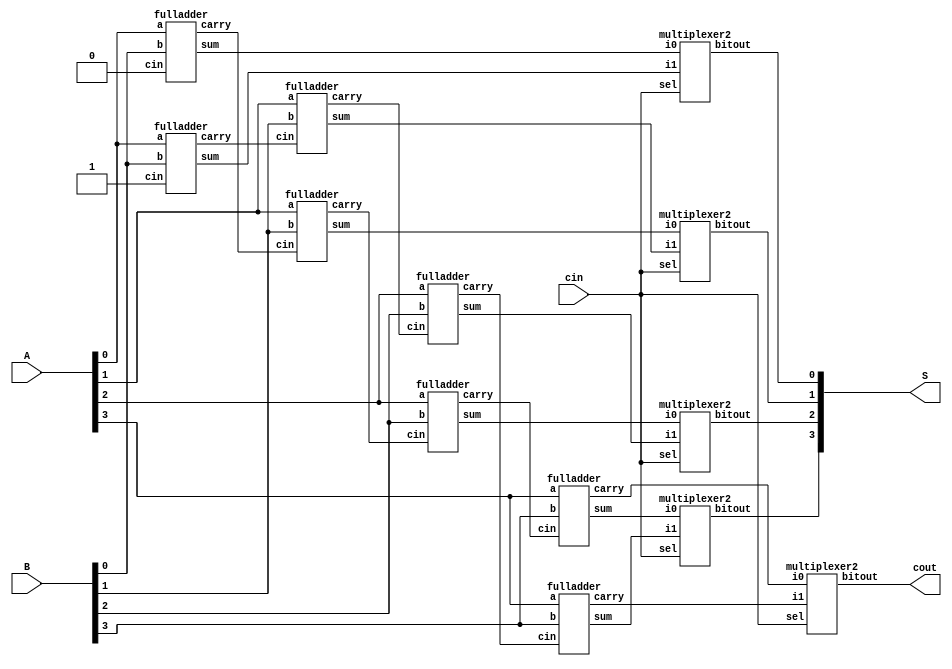
`timescale 1ns / 1ps
//////////////////////////////////////////////////////////////////////////////////
// Company: 
// Engineer: 
// 
// Design Name: 
// Module Name: carry_select_adder
// Project Name: 
// Target Devices: 
// Tool Versions: 
// Description: 
// 
// Dependencies: 
// 
// Revision:
// Revision 0.01 - File Created
// Additional Comments:
// 
//////////////////////////////////////////////////////////////////////////////////


module carry_select_adder
        (   input [3:0] A,B,
            input cin,
            output [3:0] S,
            output cout
            );
        

wire [3:0] temp0,temp1,carry0,carry1;

//for carry 0
fulladder fa00(A[0],B[0],1'b0,temp0[0],carry0[0]);
fulladder fa01(A[1],B[1],carry0[0],temp0[1],carry0[1]);
fulladder fa02(A[2],B[2],carry0[1],temp0[2],carry0[2]);
fulladder fa03(A[3],B[3],carry0[2],temp0[3],carry0[3]);

//for carry 1
fulladder fa10(A[0],B[0],1'b1,temp1[0],carry1[0]);
fulladder fa11(A[1],B[1],carry1[0],temp1[1],carry1[1]);
fulladder fa12(A[2],B[2],carry1[1],temp1[2],carry1[2]);
fulladder fa13(A[3],B[3],carry1[2],temp1[3],carry1[3]);

//mux for carry
multiplexer2 mux_carry(carry0[3],carry1[3],cin,cout);
//mux's for sum
multiplexer2 mux_sum0(temp0[0],temp1[0],cin,S[0]);
multiplexer2 mux_sum1(temp0[1],temp1[1],cin,S[1]);
multiplexer2 mux_sum2(temp0[2],temp1[2],cin,S[2]);
multiplexer2 mux_sum3(temp0[3],temp1[3],cin,S[3]);

endmodule 

module fulladder
        (   input a,b,cin,
            output sum,carry
            );

assign sum = a ^ b ^ cin;
assign carry = (a & b) | (cin & b) | (a & cin);

endmodule


module multiplexer2
        (   input i0,i1,sel,
            output reg bitout
            );

always@(i0,i1,sel)
begin
if(sel == 0)
    bitout = i0;
else
    bitout = i1; 
end

endmodule